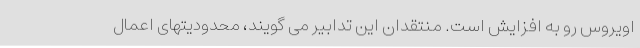
اویروس رو به افزایش است. منتقدان این تدابیر می گویند، محدودیتهای اعمال